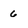
Character: 6